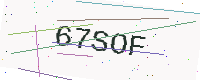
Text: 67SOF